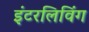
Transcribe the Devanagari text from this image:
इंटरलिविंग